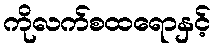
ကိုလက်စထရောနှင့်